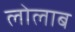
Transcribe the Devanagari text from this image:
लोलाब